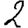
Digit: 2